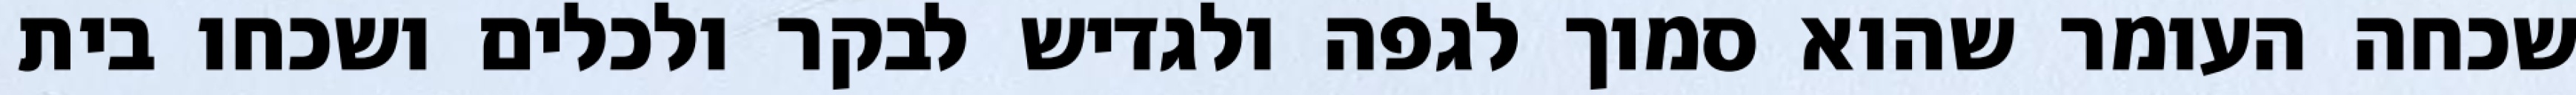
שכחה העומר שהוא סמוך לגפה ולגדיש לבקר ולכלים ושכחו בית